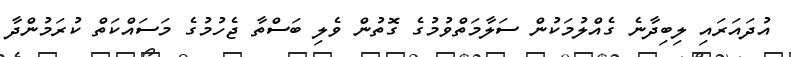
އުދައަރައި ލިބިދާނެ ގެއްލުމަކުން ސަލާމަތްވުމުގެ ގޮތުން ވެލި ބަސްތާ ޖެހުމުގެ މަސައްކަތް ކުރަމުންދާ